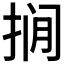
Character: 𪭾